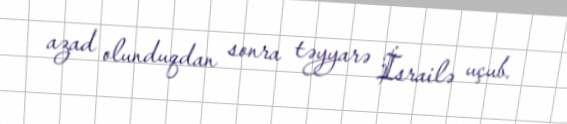
azad olunduqdan sonra təyyarə İsrailə uçub.